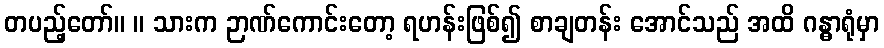
တပည့်တော်။ ။ သားက ဉာဏ်ကောင်းတော့ ရဟန်းဖြစ်၍ စာချတန်း အောင်သည် အထိ ဂန္ဓာရုံမှာ